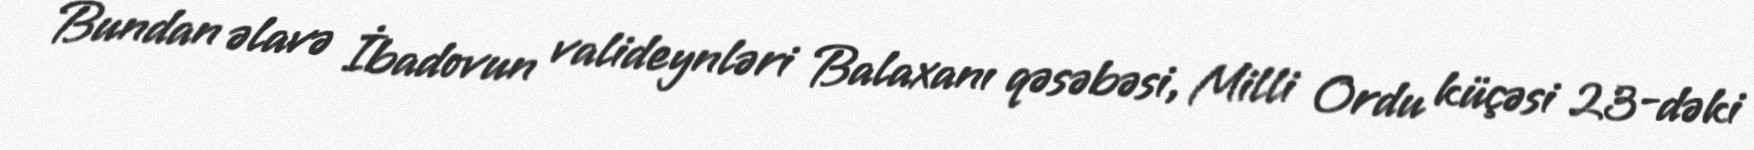
Bundan əlavə İbadovun valideynləri Balaxanı qəsəbəsi, Milli Ordu küçəsi 23-dəki